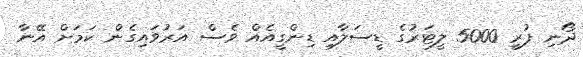
ދޯނި ފުރީ 5000 ލީޓަރުގެ ޑީސަލާއި ޑިންގީއެއް ވެސް އަރުވައިގެން ކަމަށް އޭނާ